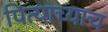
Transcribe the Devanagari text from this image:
पित्याच्याच